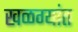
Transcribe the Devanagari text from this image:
खळग्यांत